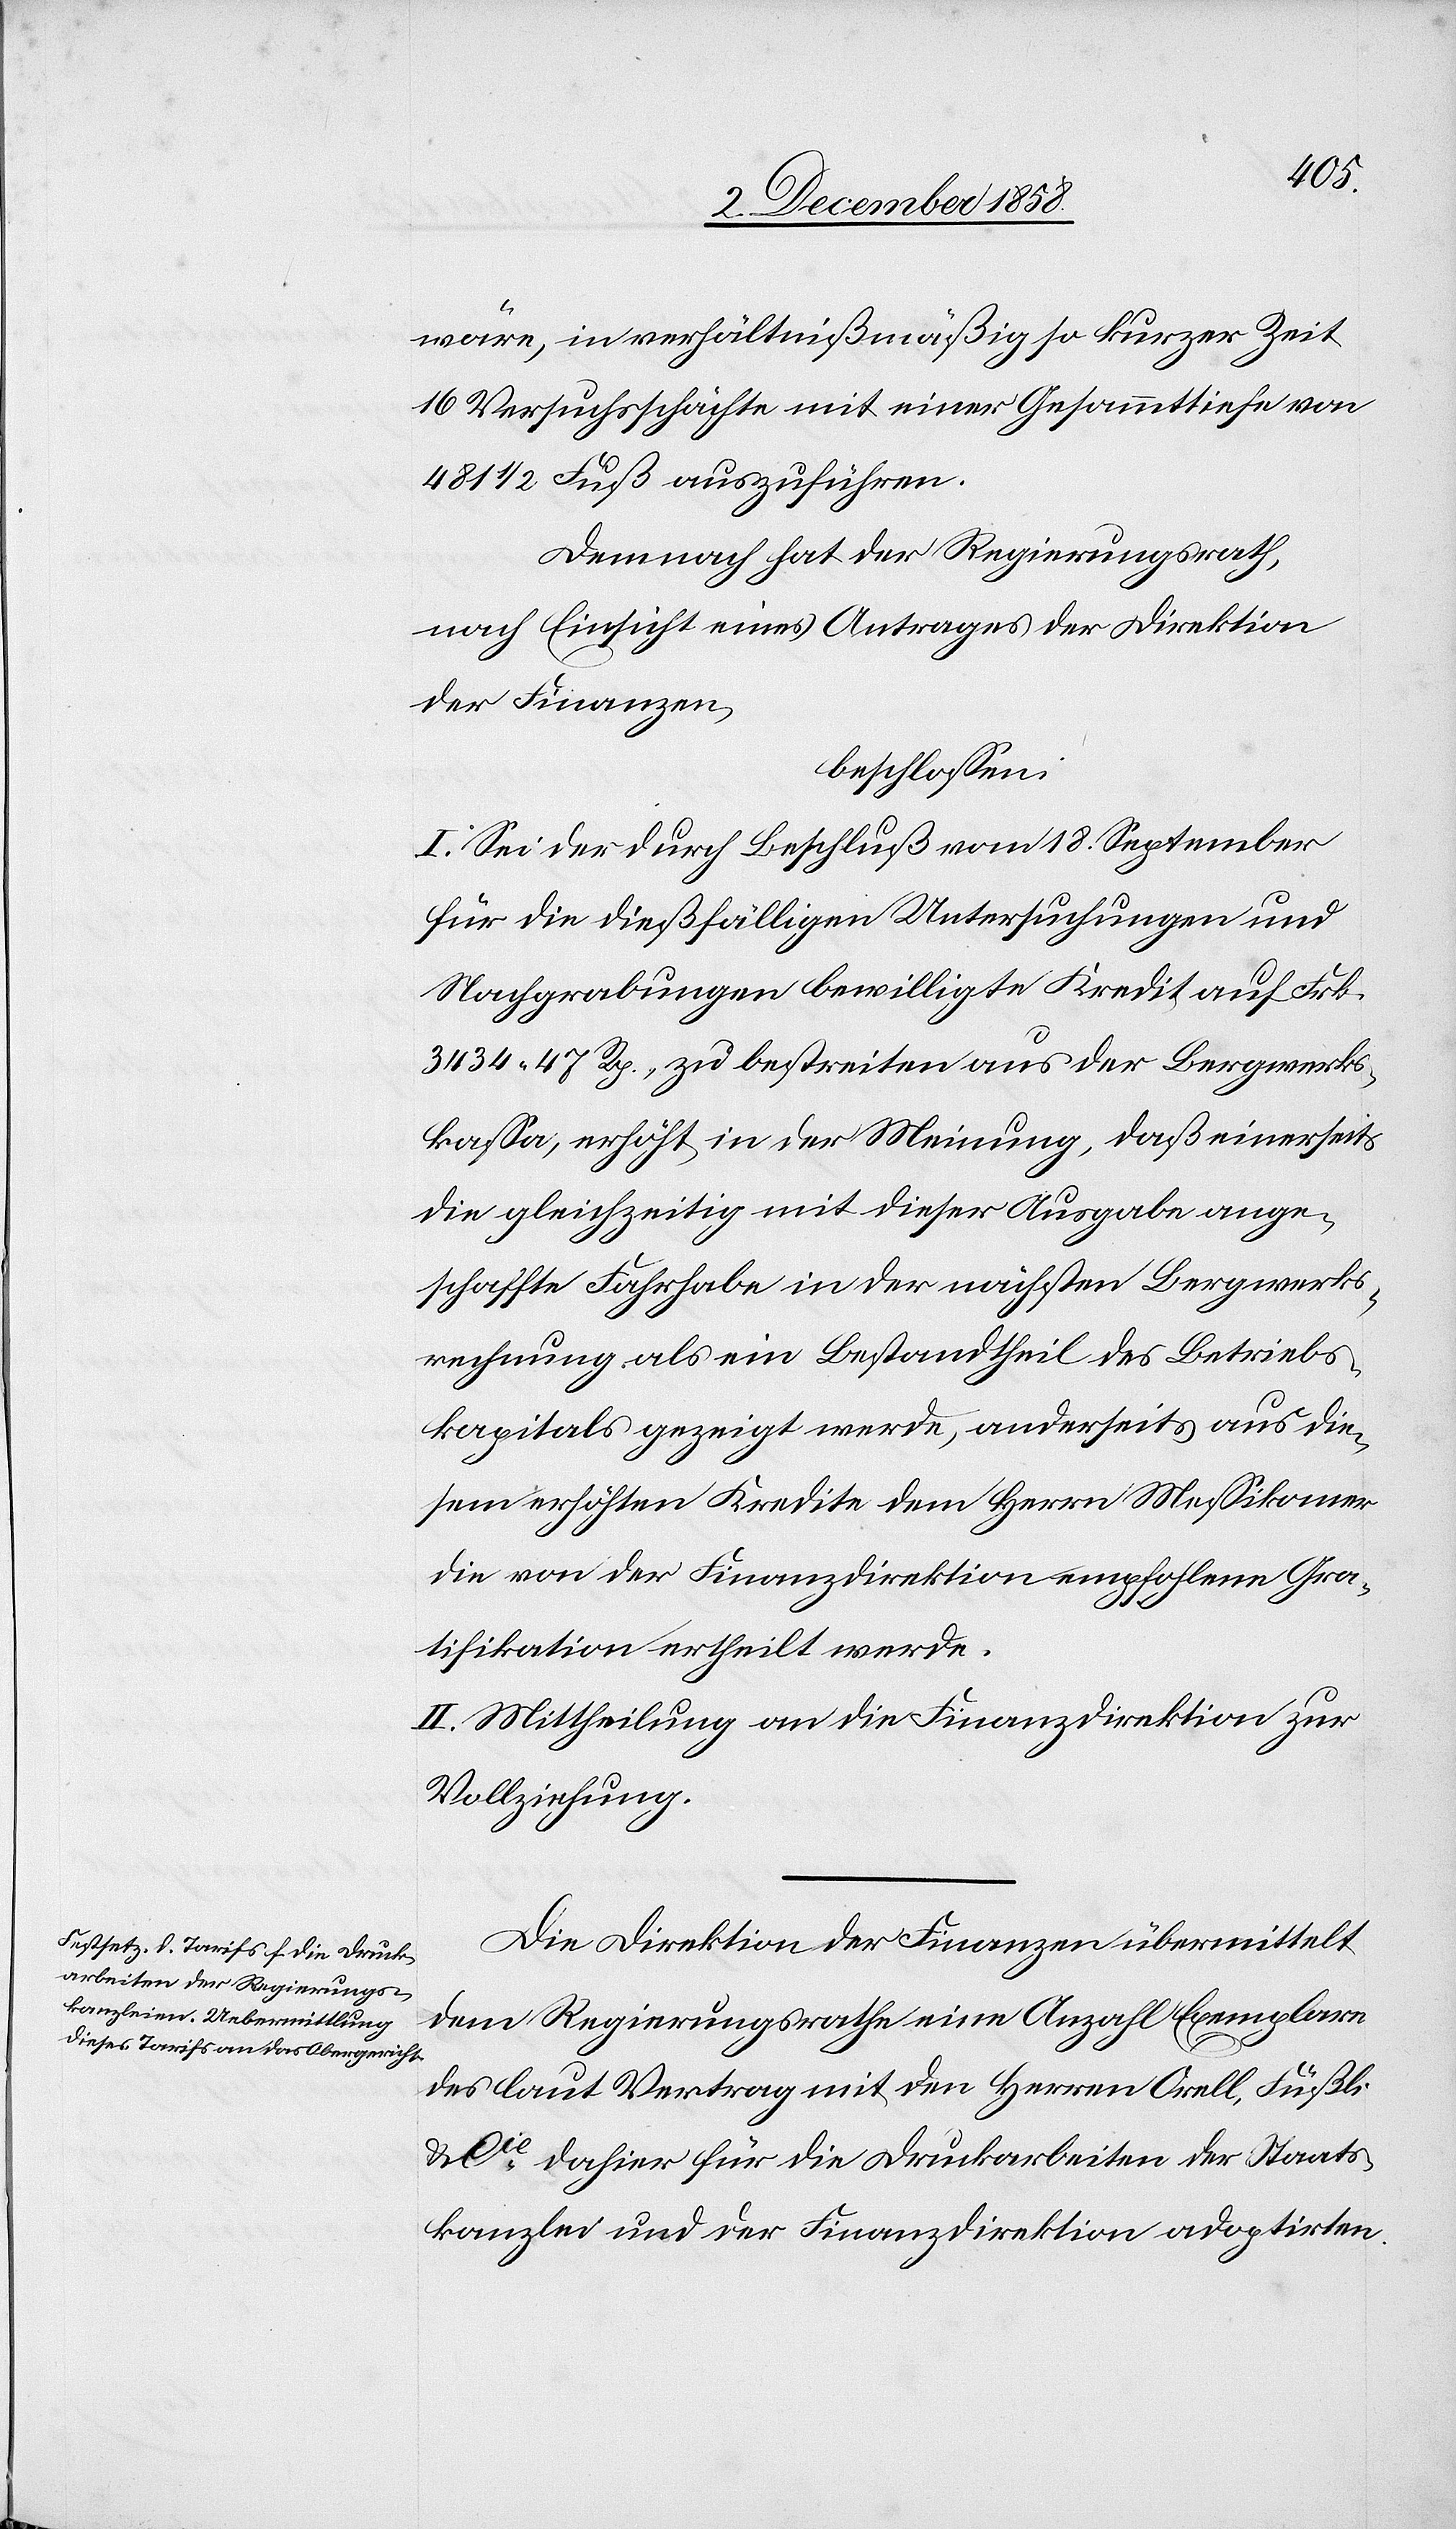
wäre, in verhältnißmäßig so kurzer Zeit
16 Versuchsschächte mit einer Gesammttiefe von
481 1/2 Fuß auszuführen.
Demnach hat der Regierungsrath,
nach Einsicht eines Antrages der Direktion
der Finanzen,
beschlossen:
I. Sei der durch Beschluß vom 18. September
für die dießfälligen Untersuchungen und
Nachgrabungen bewilligte Kredit auf Frk.
3434 47 Rp., zu bestreiten aus der Bergwerks¬
kassa, erhöht in der Meinung, daß einerseits
die gleichzeitig mit dieser Ausgabe ange¬
schaffte Fahrhabe in der nächsten Bergwerks¬
rechnung als ein Bestandtheil des Betriebs¬
kapitals gezeigt werde, anderseits aus die¬
sem erhöhten Kredite dem Herrn Messikomer
die von der Finanzdirektion empfohlene Gra¬
tifikation ertheilt werde.
II. Mittheilung an die Finanzdirektion zur
Vollziehung.
Die Direktion der Finanzen übermittelt
dem Regierungsrathe eine Anzahl Exemplare
des laut Vertrag mit den Herren Orell, Füßli
& Cie dahier für die Druckarbeiten der Staats¬
kanzlei und der Finanzdirektion adoptirten